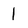
Character: I